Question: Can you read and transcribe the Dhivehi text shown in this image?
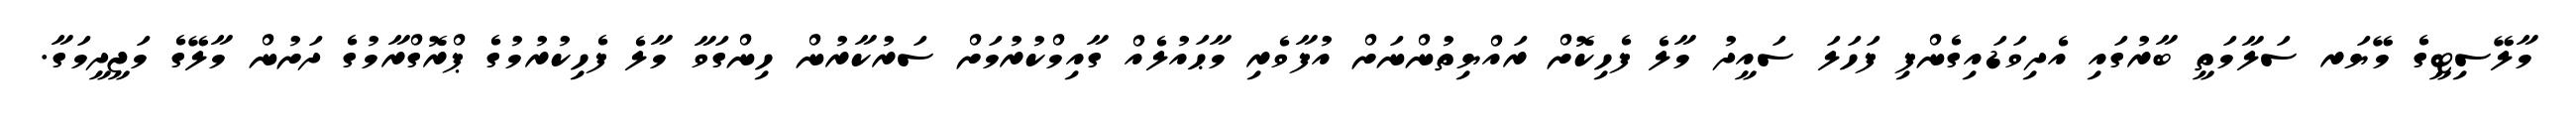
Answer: މާލޭސިޓީގެ މޭޔަރ ސަލާމަތީ ބާރުގައި އެދިވަޑައިގެންފި ފަހަލަ ސައީދު މާލެ ފެހިކޮށް ރައްޔިތުންނަށް އުފާވެރި މާޙައުލެއް ގާއިމްކުރުމަށް ސަރުކާރުން ހިންގަވާ މާލެ ފެހިކުރުމުގެ ޕްރޮގްރާމުގެ ދަށުން މާލޭގެ މަޖީދީމަގާ.